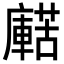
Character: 𧁹